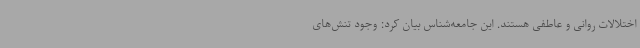
اختلالات روانی و عاطفی هستند. این جامعه‌شناس بیان کرد: وجود تنش‌های